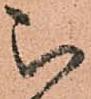
被